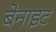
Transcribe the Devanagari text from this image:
बेनाइट